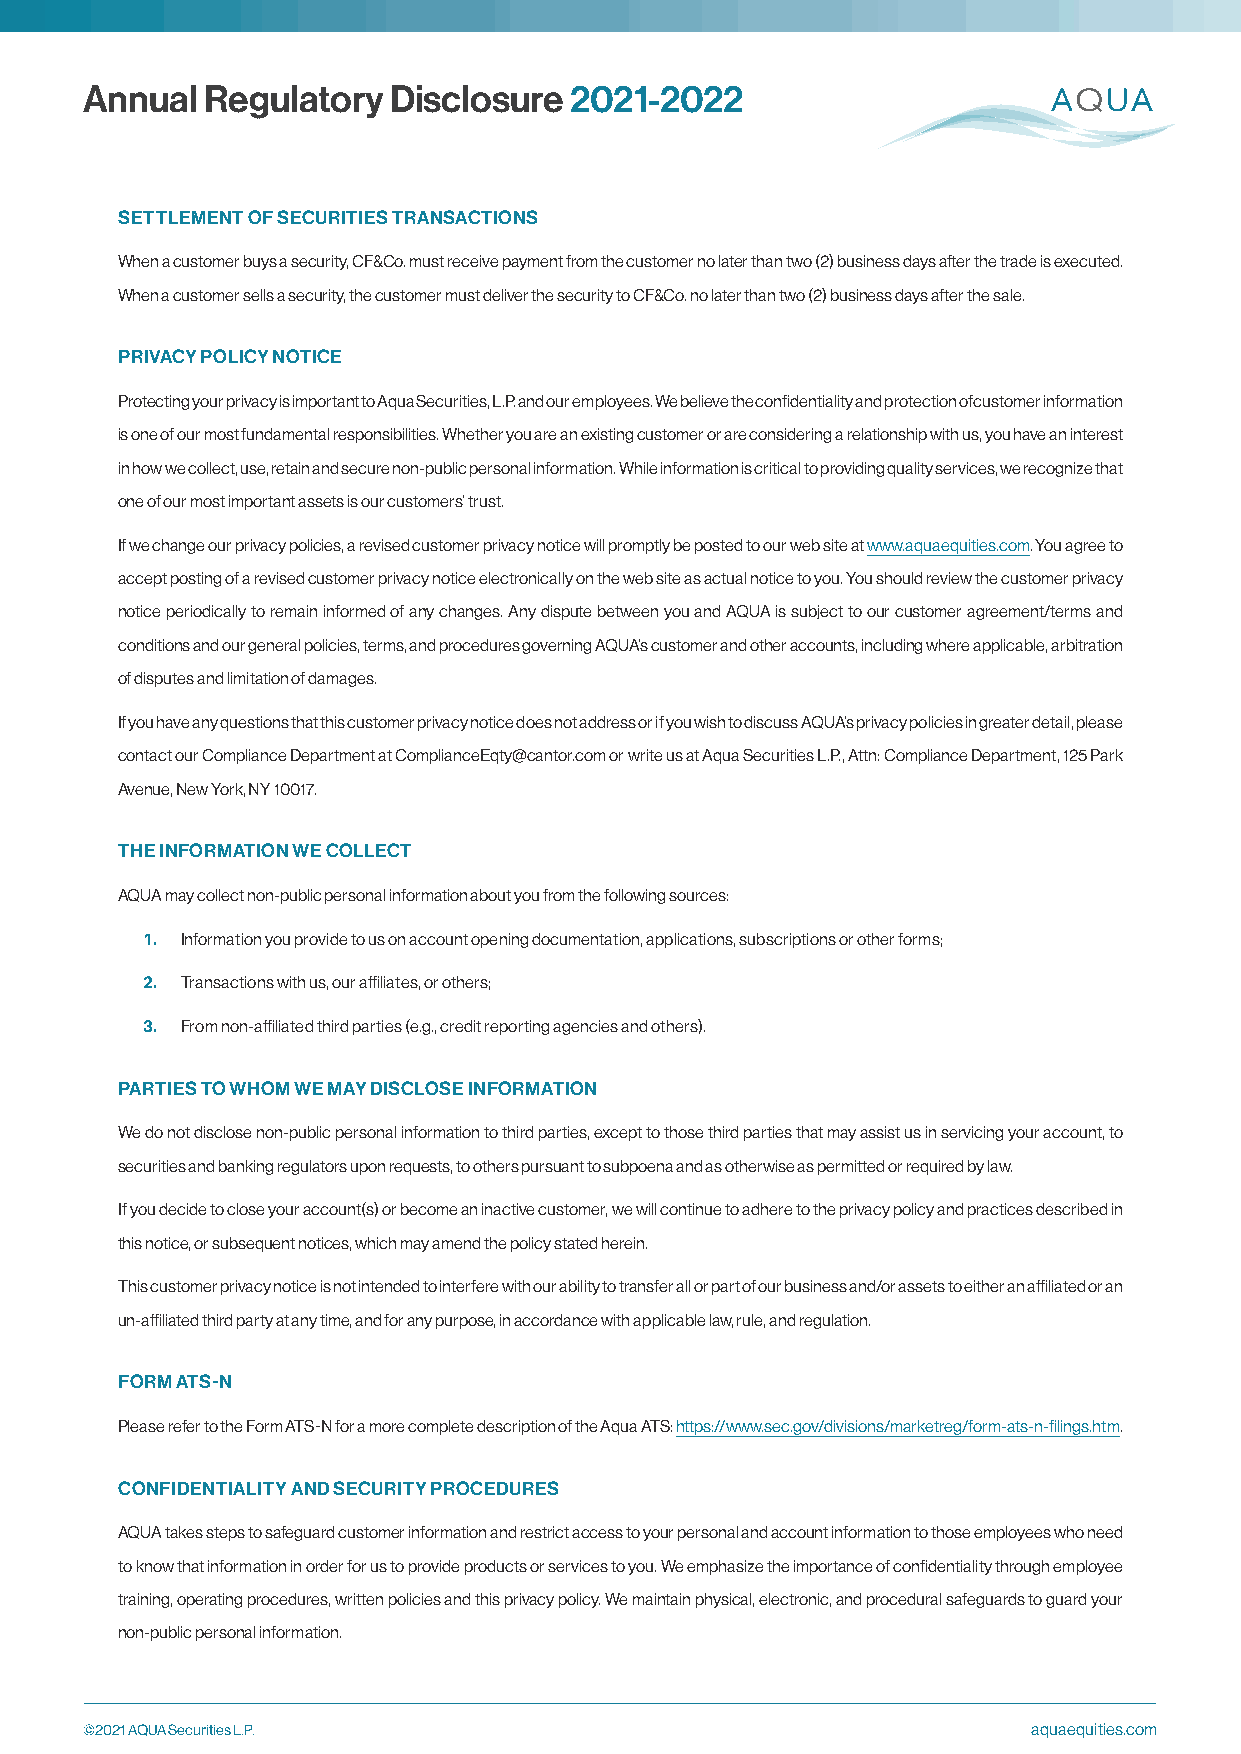
Annual  Regulatory  Disclosure  2021-2022
 SETTLEMENT OF SECURITIES TRANSACTIONS
 When a customer buys a security, CF&Co. must receive payment from the customer no later than two (2) business days after the trade is executed.
 When a customer sells a security, the customer must deliver the security to CF&Co. no later than two (2) business days after the sale.
 PRIVACY POLICY NOTICE
 Protecting your privacy is important to Aqua Securities, L.P. and our employees. We believe the confidentiality and protection of customer information
 is one of our most fundamental responsibilities. Whether you are an existing customer or are considering a relationship with us, you have an interest
 in how we collect, use, retain and secure non-public personal information. While information is critical to providing quality services, we recognize that
 one of our most important assets is our customers’ trust.
 If we change our privacy policies, a revised customer privacy notice will promptly be posted to our web site at www.aquaequities.com. You agree to
 accept posting of a revised customer privacy notice electronically on the web site as actual notice to you. You should review the customer privacy
 notice periodically to remain informed of any changes. Any dispute between you and AQUA is subject to our customer agreement/terms and
 conditions and our general policies, terms, and procedures governing AQUA’s customer and other accounts, including where applicable, arbitration
 of disputes and limitation of damages.
 If you have any questions that this customer privacy notice does not address or if you wish to discuss AQUA’s privacy policies in greater detail, please
 contact our Compliance Department at ComplianceEqty@cantor.com or write us at Aqua Securities L.P., Attn: Compliance Department, 125 Park
 Avenue, New York, NY 10017.
 THE INFORMATION WE COLLECT
 AQUA may collect non-public personal information about you from the following sources:
 Information you provide to us on account opening documentation, applications, subscriptions or other forms;
 1.
 Transactions with us, our affiliates, or others;
 2.
 From non-affiliated third parties (e.g., credit reporting agencies and others).
 3.
 PARTIES TO WHOM WE MAY DISCLOSE INFORMATION
 We do not disclose non-public personal information to third parties, except to those third parties that may assist us in servicing your account, to
 securities and banking regulators upon requests, to others pursuant to subpoena and as otherwise as permitted or required by law.
 If you decide to close your account(s) or become an inactive customer, we will continue to adhere to the privacy policy and practices described in
 this notice, or subsequent notices, which may amend the policy stated herein.
 This customer privacy notice is not intended to interfere with our ability to transfer all or part of our business and/or assets to either an affiliated or an
 un-affiliated third party at any time, and for any purpose, in accordance with applicable law, rule, and regulation.
 FORM ATS-N
 Please refer to the Form ATS-N for a more complete description of the Aqua ATS: https://www.sec.gov/divisions/marketreg/form-ats-n-filings.htm.
 CONFIDENTIALITY AND SECURITY PROCEDURES
 AQUA takes steps to safeguard customer information and restrict access to your personal and account information to those employees who need
 to know that information in order for us to provide products or services to you. We emphasize the importance of confidentiality through employee
 training, operating procedures, written policies and this privacy policy. We maintain physical, electronic, and procedural safeguards to guard your
 non-public personal information.
 ©2021 AQUA Securities L.P.                                    aquaequities.com